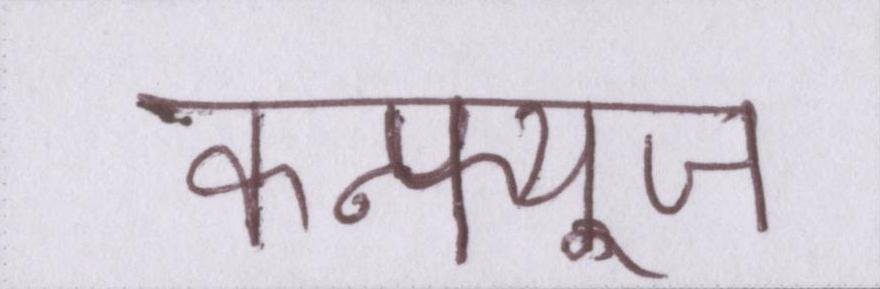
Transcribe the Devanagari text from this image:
कन्फ्यूज